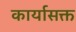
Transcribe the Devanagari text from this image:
कार्यासक्त